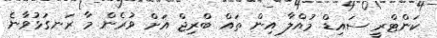
ކަންޓްރީ ސައިޑް މުއްލާ އިން ތައް ބްރިޖް އަށް ވުރެން މާ ރަނގަޅުވާނެ